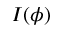
I ( \phi )